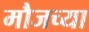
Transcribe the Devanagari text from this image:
मौजच्या